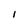
Character: I